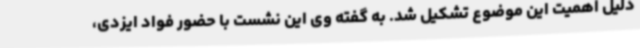
دلیل اهمیت این موضوع تشکیل شد. به گفته وی این نشست با حضور فواد ایزدی،